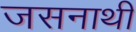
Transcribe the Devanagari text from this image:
जसनाथी